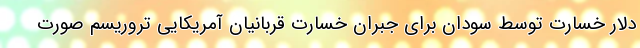
دلار خسارت توسط سودان برای جبران خسارت قربانیان آمریکایی تروریسم صورت